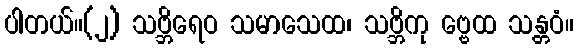
ပါတယ်။(၂) သဗ္ဘိရေဝ သမာသေထ၊ သဗ္ဘိကု ဗ္ဗေထ သန္တဝံ။